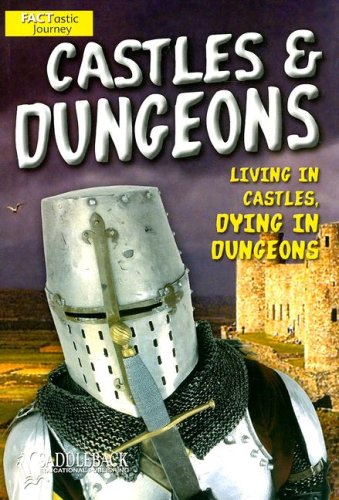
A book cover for Castles & Dungeons (Factastic Journey); Jason Page; Teen & Young Adult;